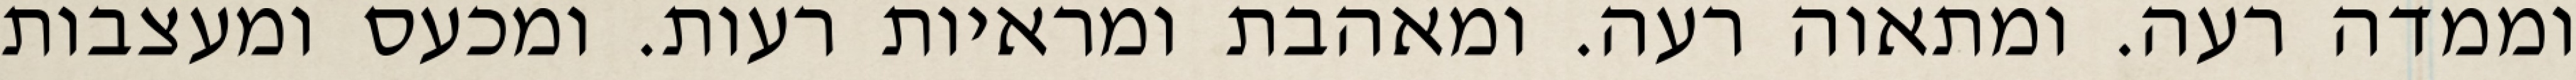
וממדה רעה. ומתאוה רעה. ומאהבת ומראיות רעות. ומכעס ומעצבות